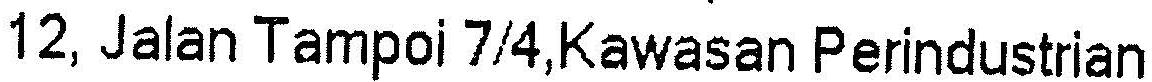
12, JALAN TAMPOI 7/4,KAWASAN PERINDUSTRIAN